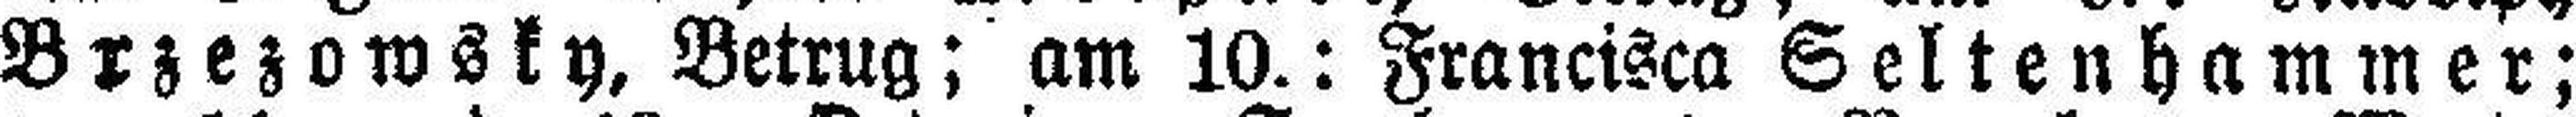
Brzezowsky, Betrug; am 10.: Francisca Seltenhammer;